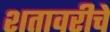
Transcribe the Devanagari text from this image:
शतावरीचे